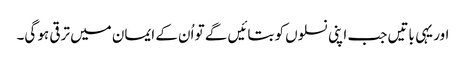
اور یہی باتیں جب اپنی نسلوں کو بتائیں گے تو اُن کے ایمان میں ترقی ہو گی۔